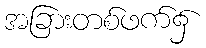
အခြားတစ်ဖက်၌